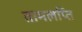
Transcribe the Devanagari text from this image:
तामलप्ति